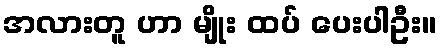
အလားတူ ဟာ မျိုး ထပ် ပေးပါဦး။